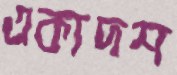
একাদশ